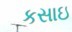
કસાઇ